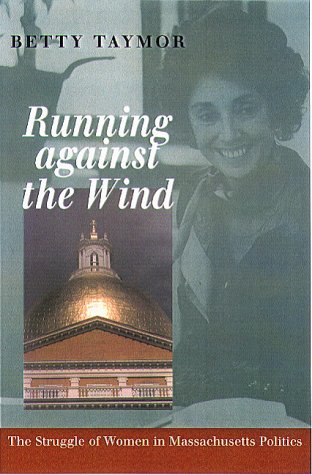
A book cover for Running Against The Wind: The Struggle of Women in Massachusetts Politics; Betty Taymor; Gay & Lesbian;